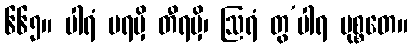
၆၆၅။ ပါရံ ပရမှိ တီရမှိ၊ ဩရံ တွ’ပါရ မုစ္စတေ။